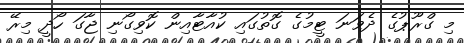
މި ގްރޫޕުގެ ދެވަނަ ޓީމުގެ ގޮތުގައި ކުއާޓާއިން ކޮވިގޯނި ޖާގަ ހޯދީ މިރޭ